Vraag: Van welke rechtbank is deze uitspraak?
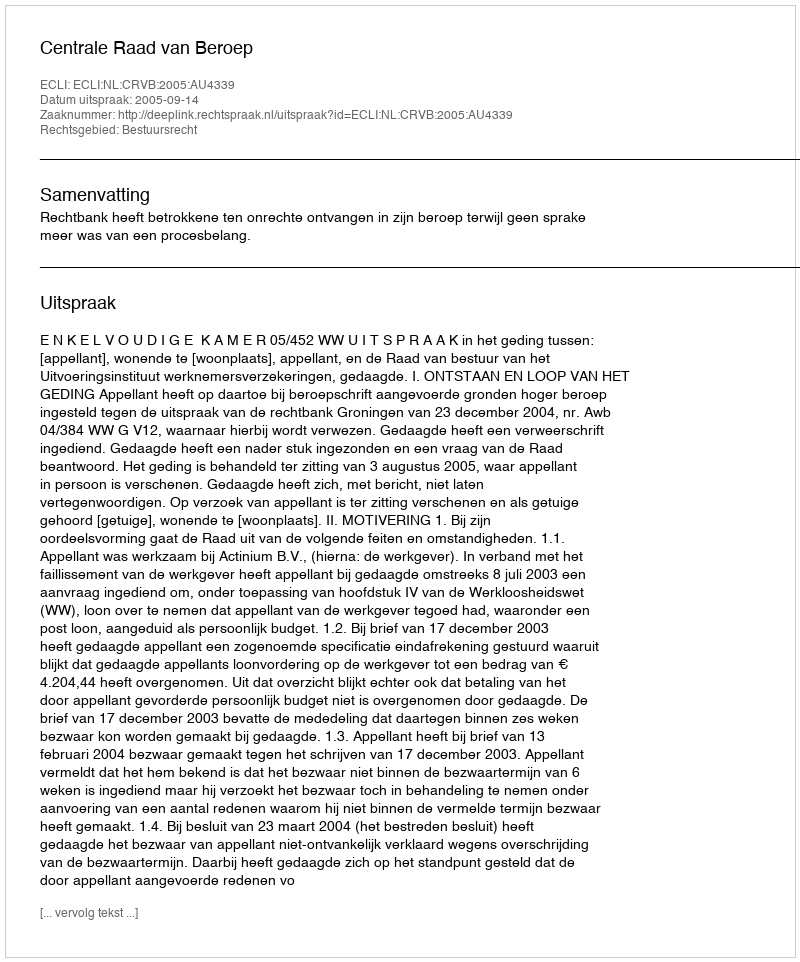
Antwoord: Centrale Raad van Beroep